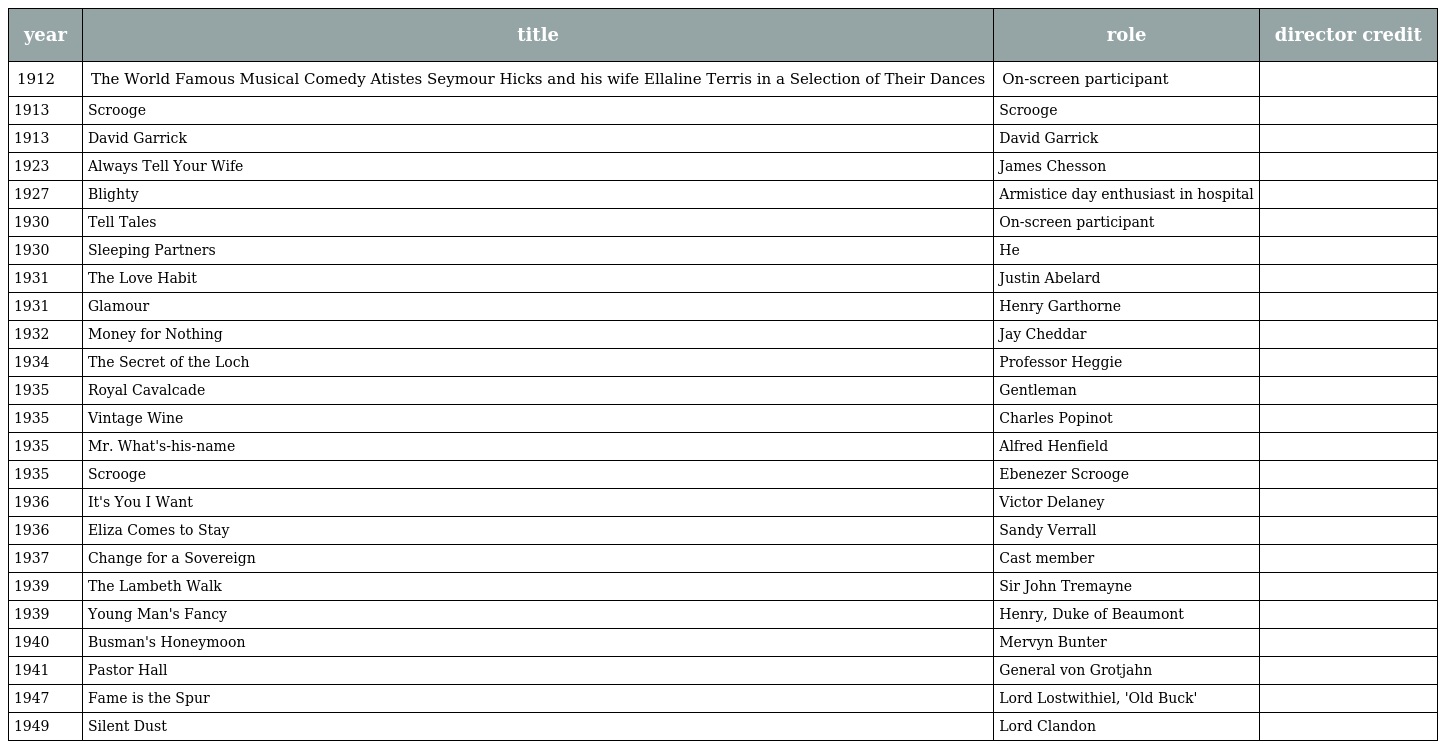
| year | title | role | director credit |
 | --- | --- | --- | --- |
 | 1912 | The World Famous Musical Comedy Atistes Seymour Hicks and his wife Ellaline Terris in a Selection of Their Dances | On-screen participant |  |
 | 1913 | Scrooge | Scrooge |  |
 | 1913 | David Garrick | David Garrick |  |
 | 1923 | Always Tell Your Wife | James Chesson |  |
 | 1927 | Blighty | Armistice day enthusiast in hospital |  |
 | 1930 | Tell Tales | On-screen participant |  |
 | 1930 | Sleeping Partners | He |  |
 | 1931 | The Love Habit | Justin Abelard |  |
 | 1931 | Glamour | Henry Garthorne |  |
 | 1932 | Money for Nothing | Jay Cheddar |  |
 | 1934 | The Secret of the Loch | Professor Heggie |  |
 | 1935 | Royal Cavalcade | Gentleman |  |
 | 1935 | Vintage Wine | Charles Popinot |  |
 | 1935 | Mr. What's-his-name | Alfred Henfield |  |
 | 1935 | Scrooge | Ebenezer Scrooge |  |
 | 1936 | It's You I Want | Victor Delaney |  |
 | 1936 | Eliza Comes to Stay | Sandy Verrall |  |
 | 1937 | Change for a Sovereign | Cast member |  |
 | 1939 | The Lambeth Walk | Sir John Tremayne |  |
 | 1939 | Young Man's Fancy | Henry, Duke of Beaumont |  |
 | 1940 | Busman's Honeymoon | Mervyn Bunter |  |
 | 1941 | Pastor Hall | General von Grotjahn |  |
 | 1947 | Fame is the Spur | Lord Lostwithiel, 'Old Buck' |  |
 | 1949 | Silent Dust | Lord Clandon |  |